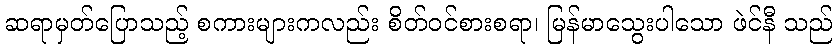
ဆရာမှတ်ပြောသည့် စကားများကလည်း စိတ်ဝင်စားစရာ၊ မြန်မာသွေးပါသော ဖဲင်နီ သည်